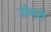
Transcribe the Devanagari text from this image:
जोन्हरी